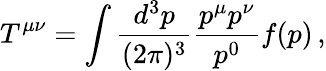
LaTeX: T^{\mu\nu}=\int\frac{d^{3}p}{(2\pi)^{3}}\frac{p^{\mu}p^{\nu}}{p^{0}}f(p)\, ,